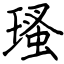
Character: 瑵